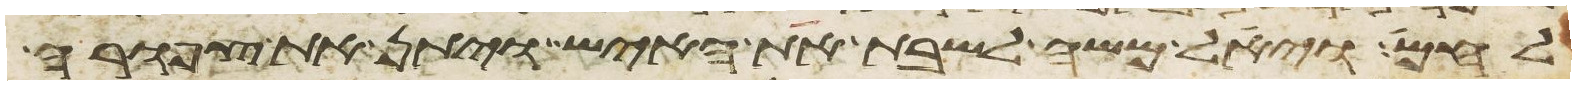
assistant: לחם ויאל משה לשבת את האיש ויתן את צפורה